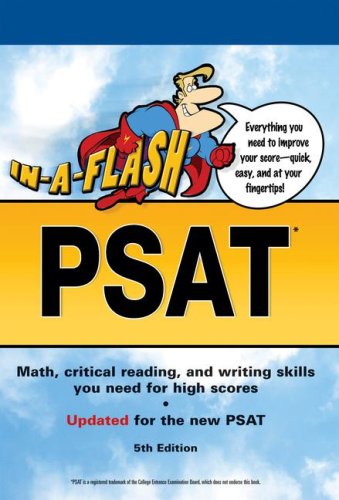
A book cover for In-a-Flash PSAT, 5E; Peterson's; Test Preparation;